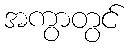
အကွာတွင်